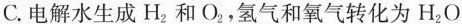
C.电解水生成H_{2}和O_{2}，氢气和氧气转化为H_{2}O